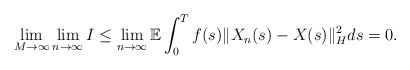
\begin{align*}\lim_{M\rightarrow\infty}\lim_{n\rightarrow\infty} I \leq \lim_{n\rightarrow\infty} \mathbb{E} \int_0^{T} f(s) \Vert X_n(s) - X(s) \Vert_H^2 ds = 0 .\end{align*}